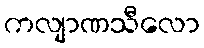
ကလျာဏသီလော